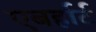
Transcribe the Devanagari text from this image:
एबर्हार्ट